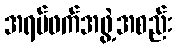
အရပ်ဖက်အဖွဲ့အစည်း